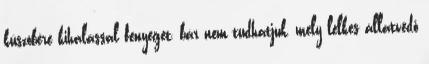
küszöbére kihalással fenyeget, bár nem tudhatjuk, mely lelkes állatvédő